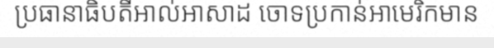
ប្រធានាធិបតីអាល់អាសាដ ចោទប្រកាន់អាមេរិកមាន